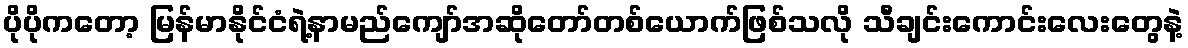
ပိုပိုကတော့ မြန်မာနိုင်ငံရဲ့နာမည်ကျော်အဆိုတော်တစ်ယောက်ဖြစ်သလို သီချင်းကောင်းလေးတွေနဲ့